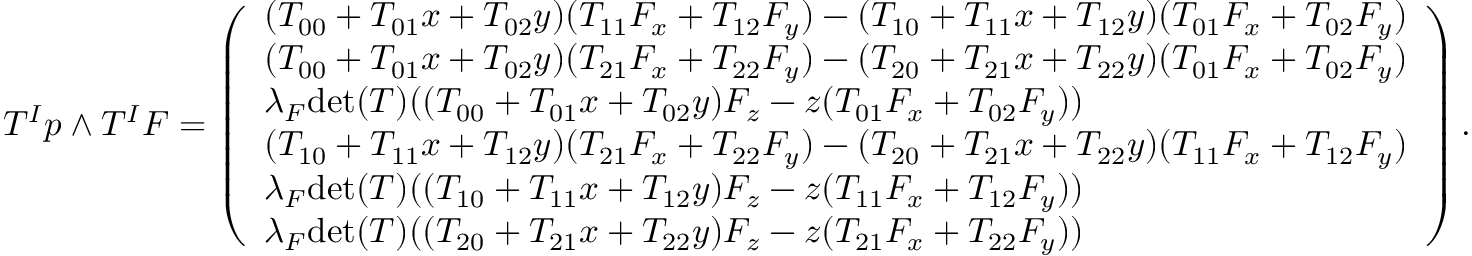
\begin{array} { r } { T ^ { I } p \wedge T ^ { I } F = \left( \begin{array} { l } { ( T _ { 0 0 } + T _ { 0 1 } x + T _ { 0 2 } y ) ( T _ { 1 1 } F _ { x } + T _ { 1 2 } F _ { y } ) - ( T _ { 1 0 } + T _ { 1 1 } x + T _ { 1 2 } y ) ( T _ { 0 1 } F _ { x } + T _ { 0 2 } F _ { y } ) } \\ { ( T _ { 0 0 } + T _ { 0 1 } x + T _ { 0 2 } y ) ( T _ { 2 1 } F _ { x } + T _ { 2 2 } F _ { y } ) - ( T _ { 2 0 } + T _ { 2 1 } x + T _ { 2 2 } y ) ( T _ { 0 1 } F _ { x } + T _ { 0 2 } F _ { y } ) } \\ { \lambda _ { F } \mathrm { d e t } ( T ) ( ( T _ { 0 0 } + T _ { 0 1 } x + T _ { 0 2 } y ) F _ { z } - z ( T _ { 0 1 } F _ { x } + T _ { 0 2 } F _ { y } ) ) } \\ { ( T _ { 1 0 } + T _ { 1 1 } x + T _ { 1 2 } y ) ( T _ { 2 1 } F _ { x } + T _ { 2 2 } F _ { y } ) - ( T _ { 2 0 } + T _ { 2 1 } x + T _ { 2 2 } y ) ( T _ { 1 1 } F _ { x } + T _ { 1 2 } F _ { y } ) } \\ { \lambda _ { F } \mathrm { d e t } ( T ) ( ( T _ { 1 0 } + T _ { 1 1 } x + T _ { 1 2 } y ) F _ { z } - z ( T _ { 1 1 } F _ { x } + T _ { 1 2 } F _ { y } ) ) } \\ { \lambda _ { F } \mathrm { d e t } ( T ) ( ( T _ { 2 0 } + T _ { 2 1 } x + T _ { 2 2 } y ) F _ { z } - z ( T _ { 2 1 } F _ { x } + T _ { 2 2 } F _ { y } ) ) } \end{array} \right) . } \end{array}